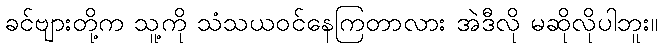
ခင်ဗျားတို့က သူ့ကို သံသယဝင်နေကြတာလား အဲဒီလို မဆိုလိုပါဘူး။